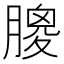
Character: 𦟣